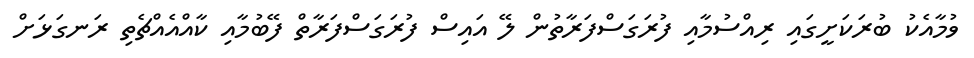
ވުމާއެކު ބުރަކަށީގައި ރިއްސުމާއި ފުރަގަސްފަރާތުން ލޭ އައިސް ފުރަގަސްފަރާތް ފޭބުމާއި ކާއްއެއްޗެތި ރަނގަޅަށް